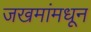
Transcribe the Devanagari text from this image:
जखमांमधून